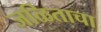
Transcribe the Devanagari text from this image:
जळिताचा